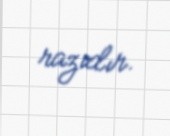
razıdır.